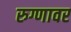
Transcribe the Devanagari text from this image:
रुग्णावर